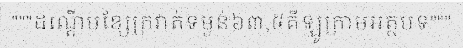
"""ដណ្តើមខ្សែក្រវាត់ទម្ងន់៦៣,៥គីឡូក្រាមអត្ថបទ"""